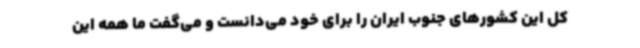
کل این کشورهای جنوب ایران را برای خود می‌دانست و می‌گفت ما همه این